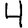
Digit: 4